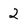
Character: 2